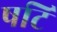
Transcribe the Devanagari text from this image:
षटि